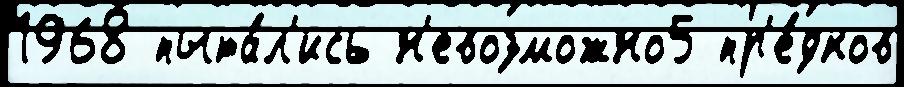
1968 пыта́л'ись н'евозможно5 пр'е́дков